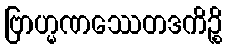
ဗြာဟ္မဏဿေတဒကိဉ္စိ